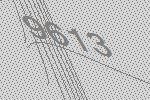
9613